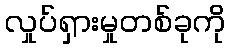
လှုပ်ရှားမှုတစ်ခုကို